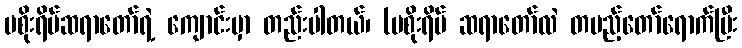
မစိုးရိမ်ဆရာတော်ရဲ့ ကျောင်းမှာ တည်းပါတယ်၊ (မစိုးရိမ် ဆရာတော်လဲ တပည့်တော်ရောက်ပြီး